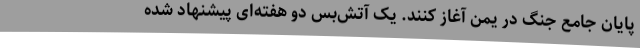
پایان جامع جنگ در یمن آغاز کنند. یک آتش‌بس دو هفته‌ای پیشنهاد شده